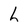
Character: h